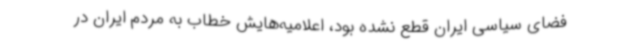
فضای سیاسی ایران قطع نشده بود، اعلامیه‌هایش خطاب به مردم ایران در